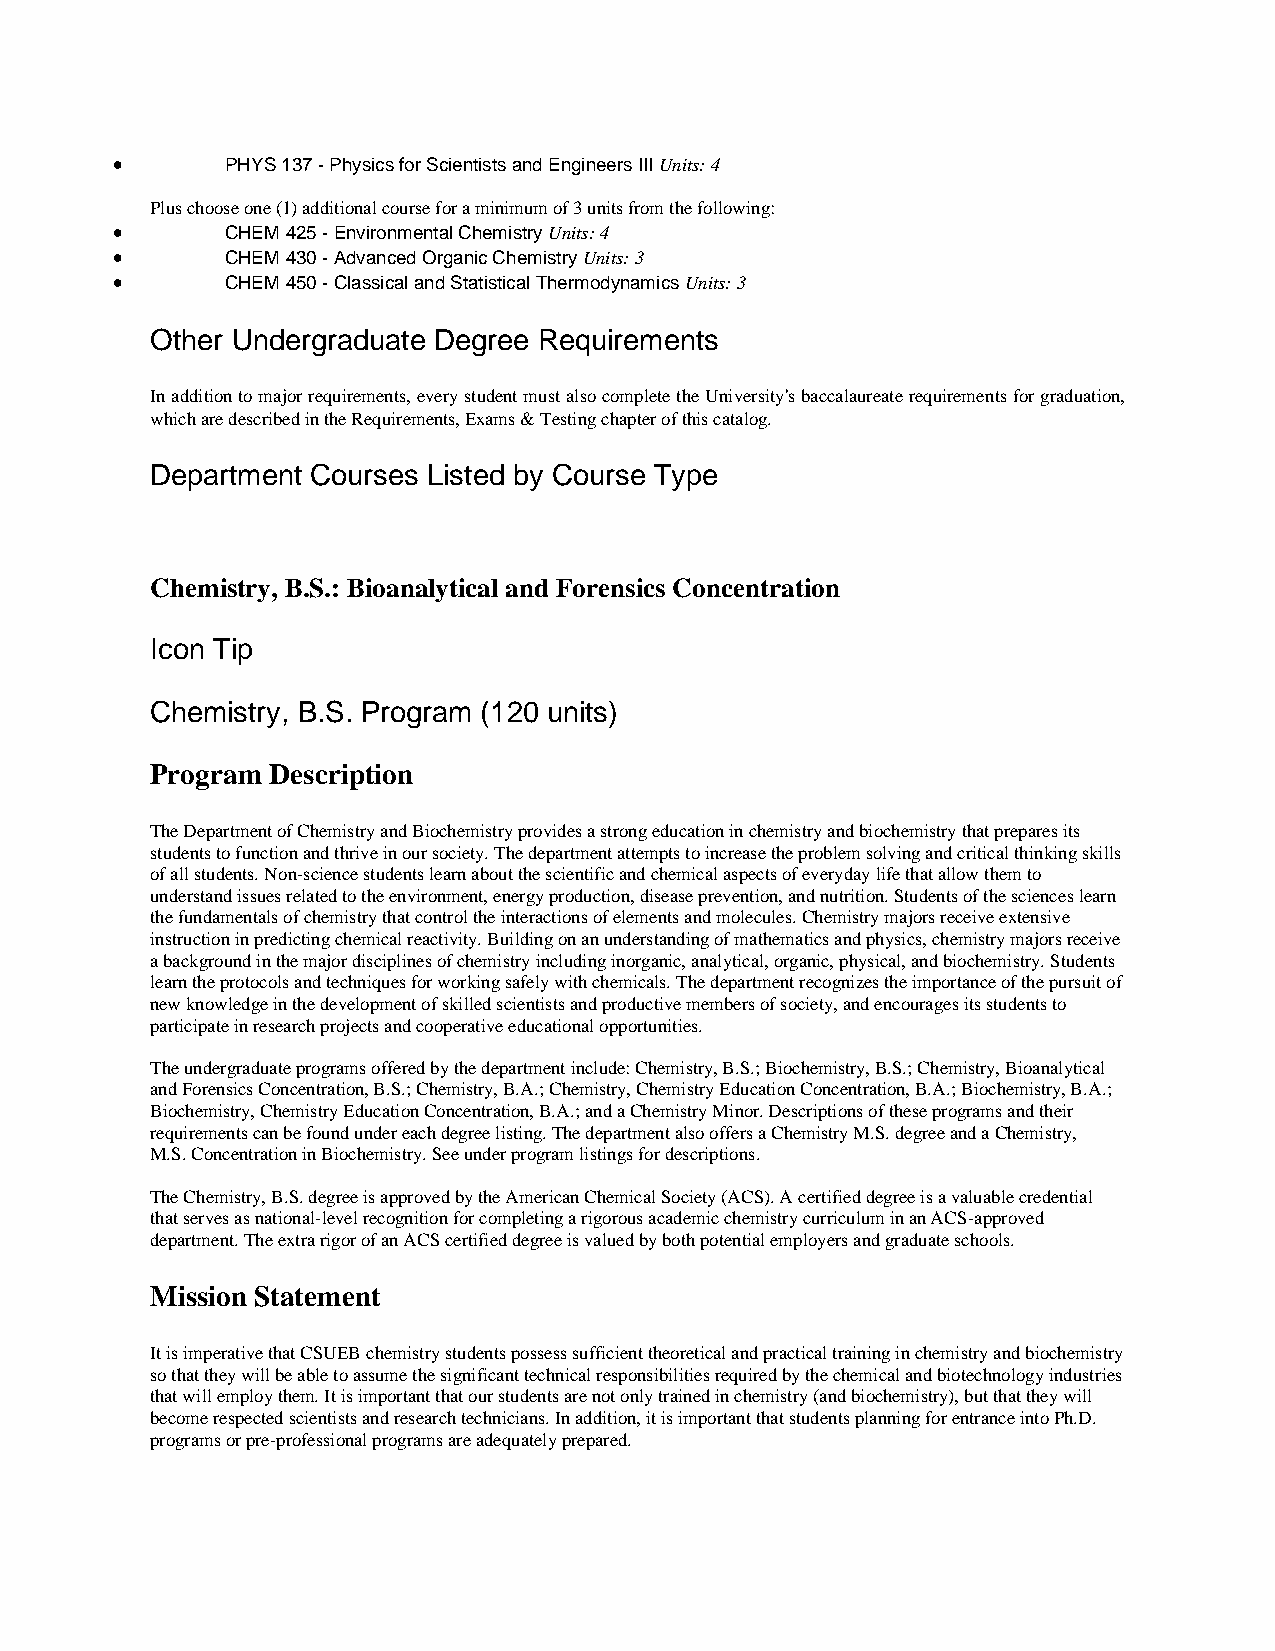
•       PHYS 137 - Physics for Scientists and Engineers III Units: 4
 Plus choose one (1) additional course for a minimum of 3 units from the following:
 •       CHEM 425 - Environmental Chemistry Units: 4
 •       CHEM 430 - Advanced Organic Chemistry Units: 3
 •       CHEM 450 - Classical and Statistical Thermodynamics Units: 3
 Other Undergraduate Degree Requirements
 In addition to major requirements, every student must also complete the University's baccalaureate requirements for graduation,
 which are described in the Requirements, Exams & Testing chapter of this catalog.
 Department Courses Listed by Course Type
 Chemistry, B.S.: Bioanalytical and Forensics Concentration
 Icon Tip
 Chemistry, B.S. Program (120 units)
 Program Description
 The Department of Chemistry and Biochemistry provides a strong education in chemistry and biochemistry that prepares its
 students to function and thrive in our society. The department attempts to increase the problem solving and critical thinking skills
 of all students. Non-science students learn about the scientific and chemical aspects of everyday life that allow them to
 understand issues related to the environment, energy production, disease prevention, and nutrition. Students of the sciences learn
 the fundamentals of chemistry that control the interactions of elements and molecules. Chemistry majors receive extensive
 instruction in predicting chemical reactivity. Building on an understanding of mathematics and physics, chemistry majors receive
 a background in the major disciplines of chemistry including inorganic, analytical, organic, physical, and biochemistry. Students
 learn the protocols and techniques for working safely with chemicals. The department recognizes the importance of the pursuit of
 new knowledge in the development of skilled scientists and productive members of society, and encourages its students to
 participate in research projects and cooperative educational opportunities.
 The undergraduate programs offered by the department include: Chemistry, B.S.; Biochemistry, B.S.; Chemistry, Bioanalytical
 and Forensics Concentration, B.S.; Chemistry, B.A.; Chemistry, Chemistry Education Concentration, B.A.; Biochemistry, B.A.;
 Biochemistry, Chemistry Education Concentration, B.A.; and a Chemistry Minor. Descriptions of these programs and their
 requirements can be found under each degree listing. The department also offers a Chemistry M.S. degree and a Chemistry,
 M.S. Concentration in Biochemistry. See under program listings for descriptions.
 The Chemistry, B.S. degree is approved by the American Chemical Society (ACS). A certified degree is a valuable credential
 that serves as national-level recognition for completing a rigorous academic chemistry curriculum in an ACS-approved
 department. The extra rigor of an ACS certified degree is valued by both potential employers and graduate schools.
 Mission Statement
 It is imperative that CSUEB chemistry students possess sufficient theoretical and practical training in chemistry and biochemistry
 so that they will be able to assume the significant technical responsibilities required by the chemical and biotechnology industries
 that will employ them. It is important that our students are not only trained in chemistry (and biochemistry), but that they will
 become respected scientists and research technicians. In addition, it is important that students planning for entrance into Ph.D.
 programs or pre-professional programs are adequately prepared.